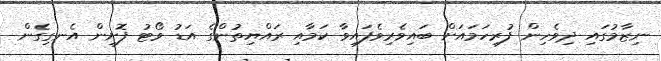
ނިޒާމުގައި ދިވެހިން ފުރިހަމައަށް ބައިވެރިވެފައިވާ ކަމާއި ރައްޔިތުންގެ އަޑު ވޯޓު ފޮށިން އެނގިގެން